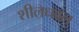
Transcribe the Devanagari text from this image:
शीलधवल